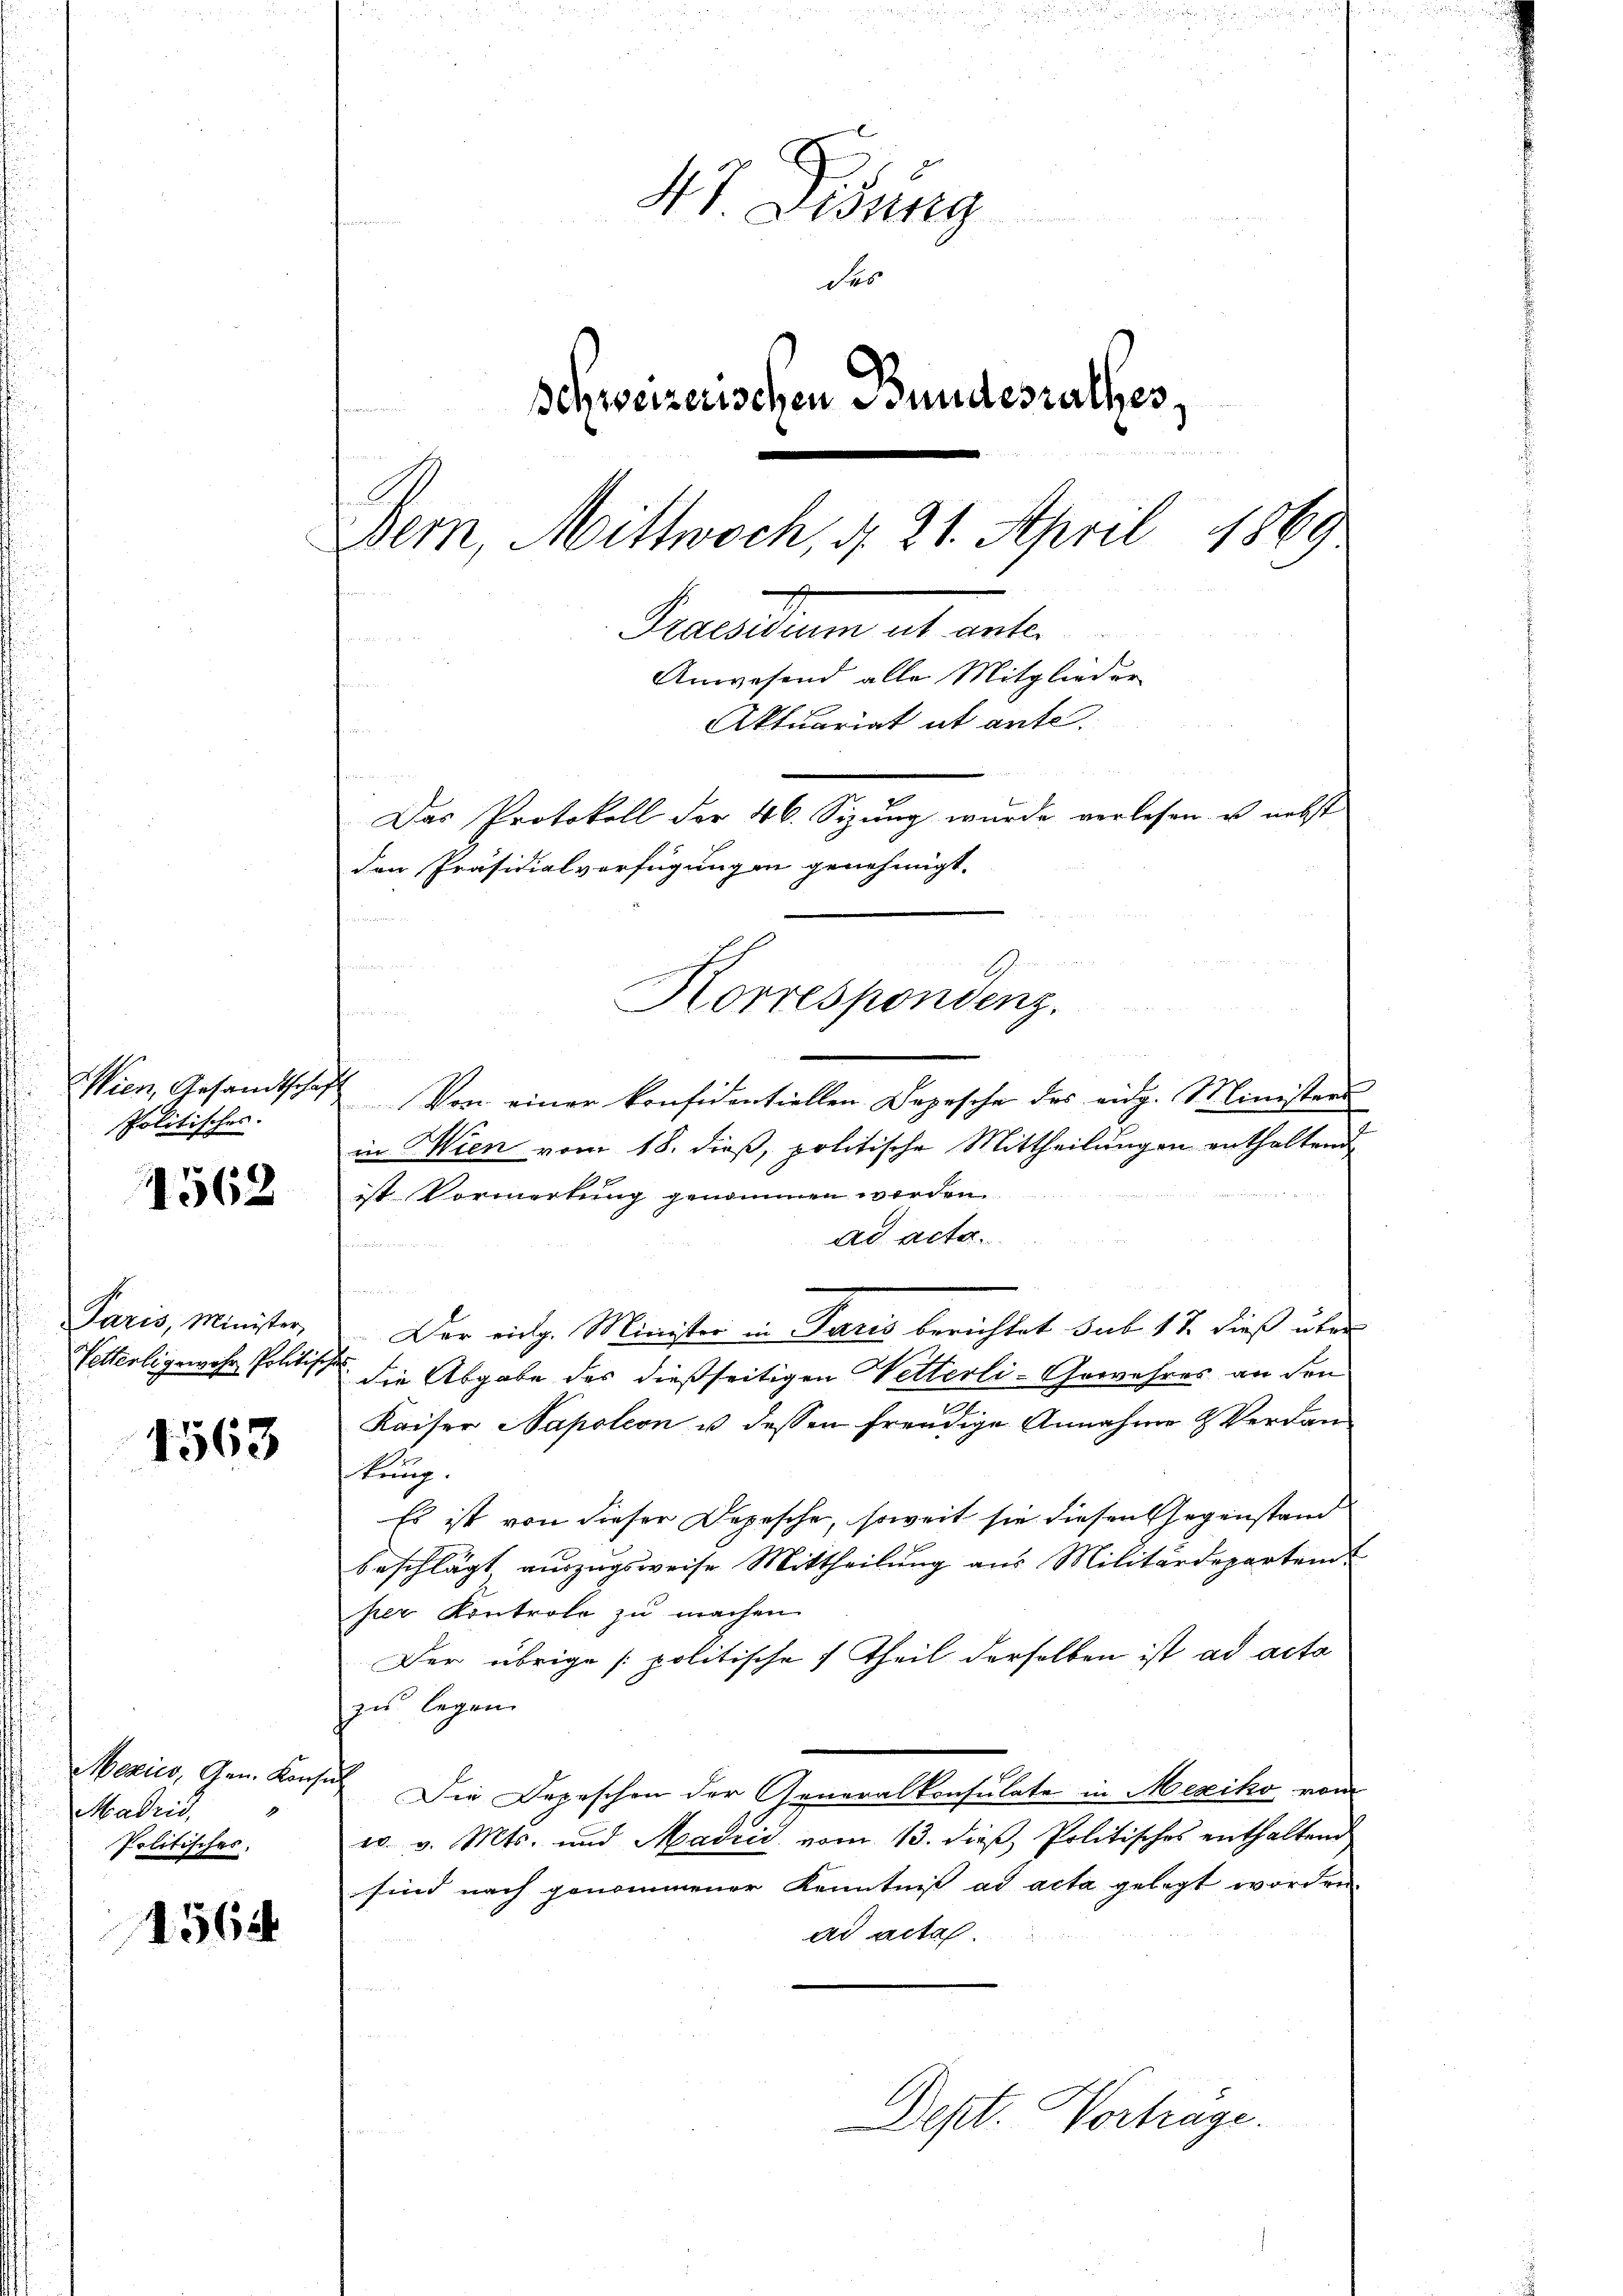
Wien, Gesandtschaft
Politisches.

)
156

Paris, Minister,
Vetterli gewehr Politische

1563

Mexico, Gen. Kon-
Madrid,
Politisches.

1564

47. Dedung
des
schweizerischen Bundesrathes,
Bern, Mittwoch, d. 21. April 1869
e
Praesidium ut ante.
Anwesend alle Mitglieder
Aktuariat ut ante.
Das Protokoll der 46. Sizung wurde verlesen u. nebst
den Präsidialverfügung in genehmigt.

s

Von einer konfidentiellen Depesche des eidg. Ministers
in Wien vom 18. dieß, politische Mittheilungen enthaltend
ist Vormerkung genommen werden.
ad acta.
Der eing. Minister in Paris berichtet sub 17. dieß über
die Abgabe der dießseitigen Vetterli-Gewehres an den
g
Kaiser Napoleon u. dessen freudige Annahme & Verdankung.
Es ist von dieser Depesche, soweit sie diesen Gegenstand
beschlägt auszugsweise Mittheilung aus Militärdeparten
per Kontrole zu machen.
Der übrige politische Theil derselben ist ad acto
zu legen
 Die Depeschen der Generalkonsulate in Mexiko vom
ev. v. Mts. und Madrić vom 13. dieβ Politisches enthaltend
sind nach genommener Kenntniß ad acta gelegt worden.
ad acta
Dept. Vortrage.

un
Korrespondenz.